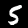
Digit: 5